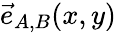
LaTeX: \vec{e}_{A,B}(x,y)